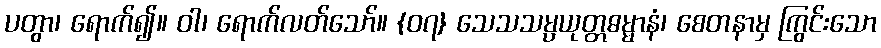
ပတွာ၊ ရောက်၍။ ဝါ၊ ရောက်လတ်သော်။ {၀၇} သေသသမ္ပယုတ္တဓမ္မာနံ၊ စေတနာမှ ကြွင်းသော